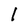
Character: 1